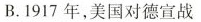
B.1917年，美国对德宣战